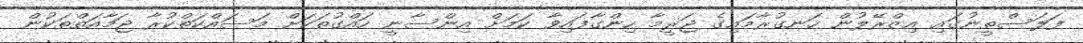
ފަލަސްތީނުގައި އިޒްރޭލުން ހަނގުރާމައިގެ ޖަރީމާ ހިންގާފައިވާ ކަމަށް އިންސާނީ ހައްގުތަކަށް މަސައްކަތްކުރާ ޖަމާއަތްތަކުން